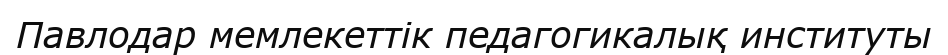
Павлодар мемлекеттік педагогикалық институты